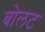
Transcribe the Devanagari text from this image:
बोलट